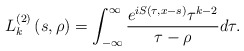
\begin{align*}L_{k}^{\left( 2\right) }\left( s,\rho\right) =\int_{-\infty}^{\infty}\frac{e^{iS(\tau,x-s)}\tau^{k-2}}{\tau-\rho}d\tau.\end{align*}